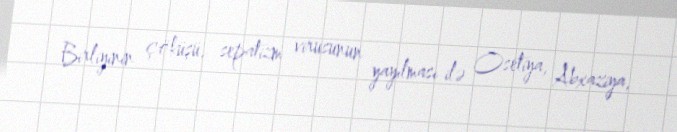
Birliyinin çöküşü, sepatizm virusunun yayılması ilə Osetiya, Abxaziya,